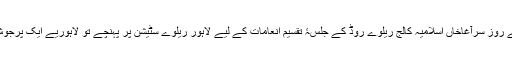
’’مٹتا ہوا لاہور‘‘ میں درج ہے کہ ایک سو سات برس قبل 24فروری1911ء کے روز سرآغاخاں اسلامیہ کالج ریلوے روڈ کے جلسۂ تقسیم انعامات کے لیے لاہور ریلوے سٹیشن پر پہنچے تو لاہوریے ایک پرجوش اور پرہجوم جلوس کی صورت میں انہیں ایمپریس روڈپر نواب پیلس میں لائے۔